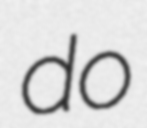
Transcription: do